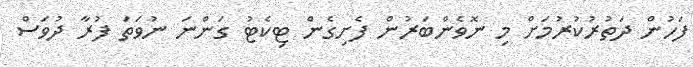
ފަހުން ދަތުރުކުރުމަށް މި ނޮވެންބަރުން ފެށިގެން ޓިކެޓު ގަންނަ ނުވަތަ ފުރާ ދުވަސް